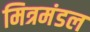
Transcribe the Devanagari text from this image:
मित्रमंडल